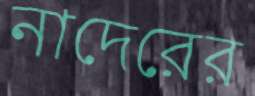
নাদেরের